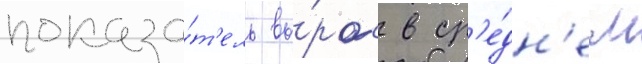
показа́т'ель вы́рос в ср'е́дн'ем